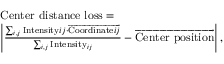
\begin{array} { r l } & { \mathrm { C e n t e r ~ d i s t a n c e ~ l o s s } = } \\ & { \left| \frac { \sum _ { i , j } \mathrm { I n t e n s i t y } { i j } \cdot \overrightarrow { \mathrm { C o o r d i n a t e } { i j } } } { \sum _ { i , j } \mathrm { I n t e n s i t y } _ { i j } } - \overrightarrow { \mathrm { C e n t e r ~ p o s i t i o n } } \right| , } \end{array}